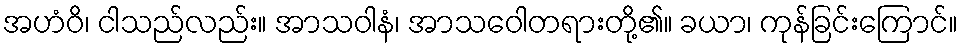
အဟံဝိ၊ ငါသည်လည်း။ အာသဝါနံ၊ အာသဝေါတရားတို့၏။ ခယာ၊ ကုန်ခြင်းကြောင်။